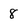
Character: 8